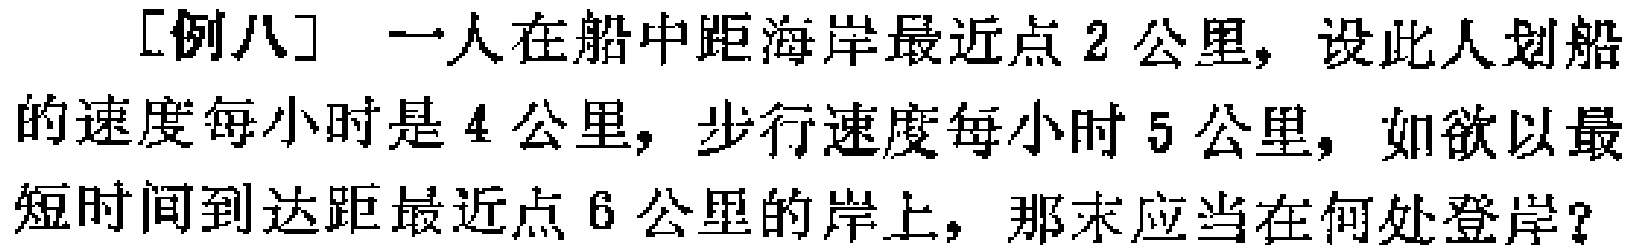
[例八] 一人在船中距海岸最近点 2 公里，设此人划船的速度每小时是 4 公里，步行速度每小时 5 公里，如欲以最短时间到达距最近点 6 公里的岸上，那末应当在何处登岸？